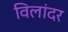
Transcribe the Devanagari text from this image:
विलांदर